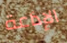
الإذاعة